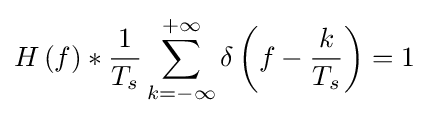
H\left(f\right)*{\frac {1}{T_{s}}}\sum _{k=-\infty }^{+\infty }\delta \left(f-{\frac {k}{T_{s}}}\right)=1